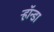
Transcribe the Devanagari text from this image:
ऱ्हॉन्डा